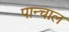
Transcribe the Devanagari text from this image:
पान्चाल